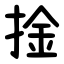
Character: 捦